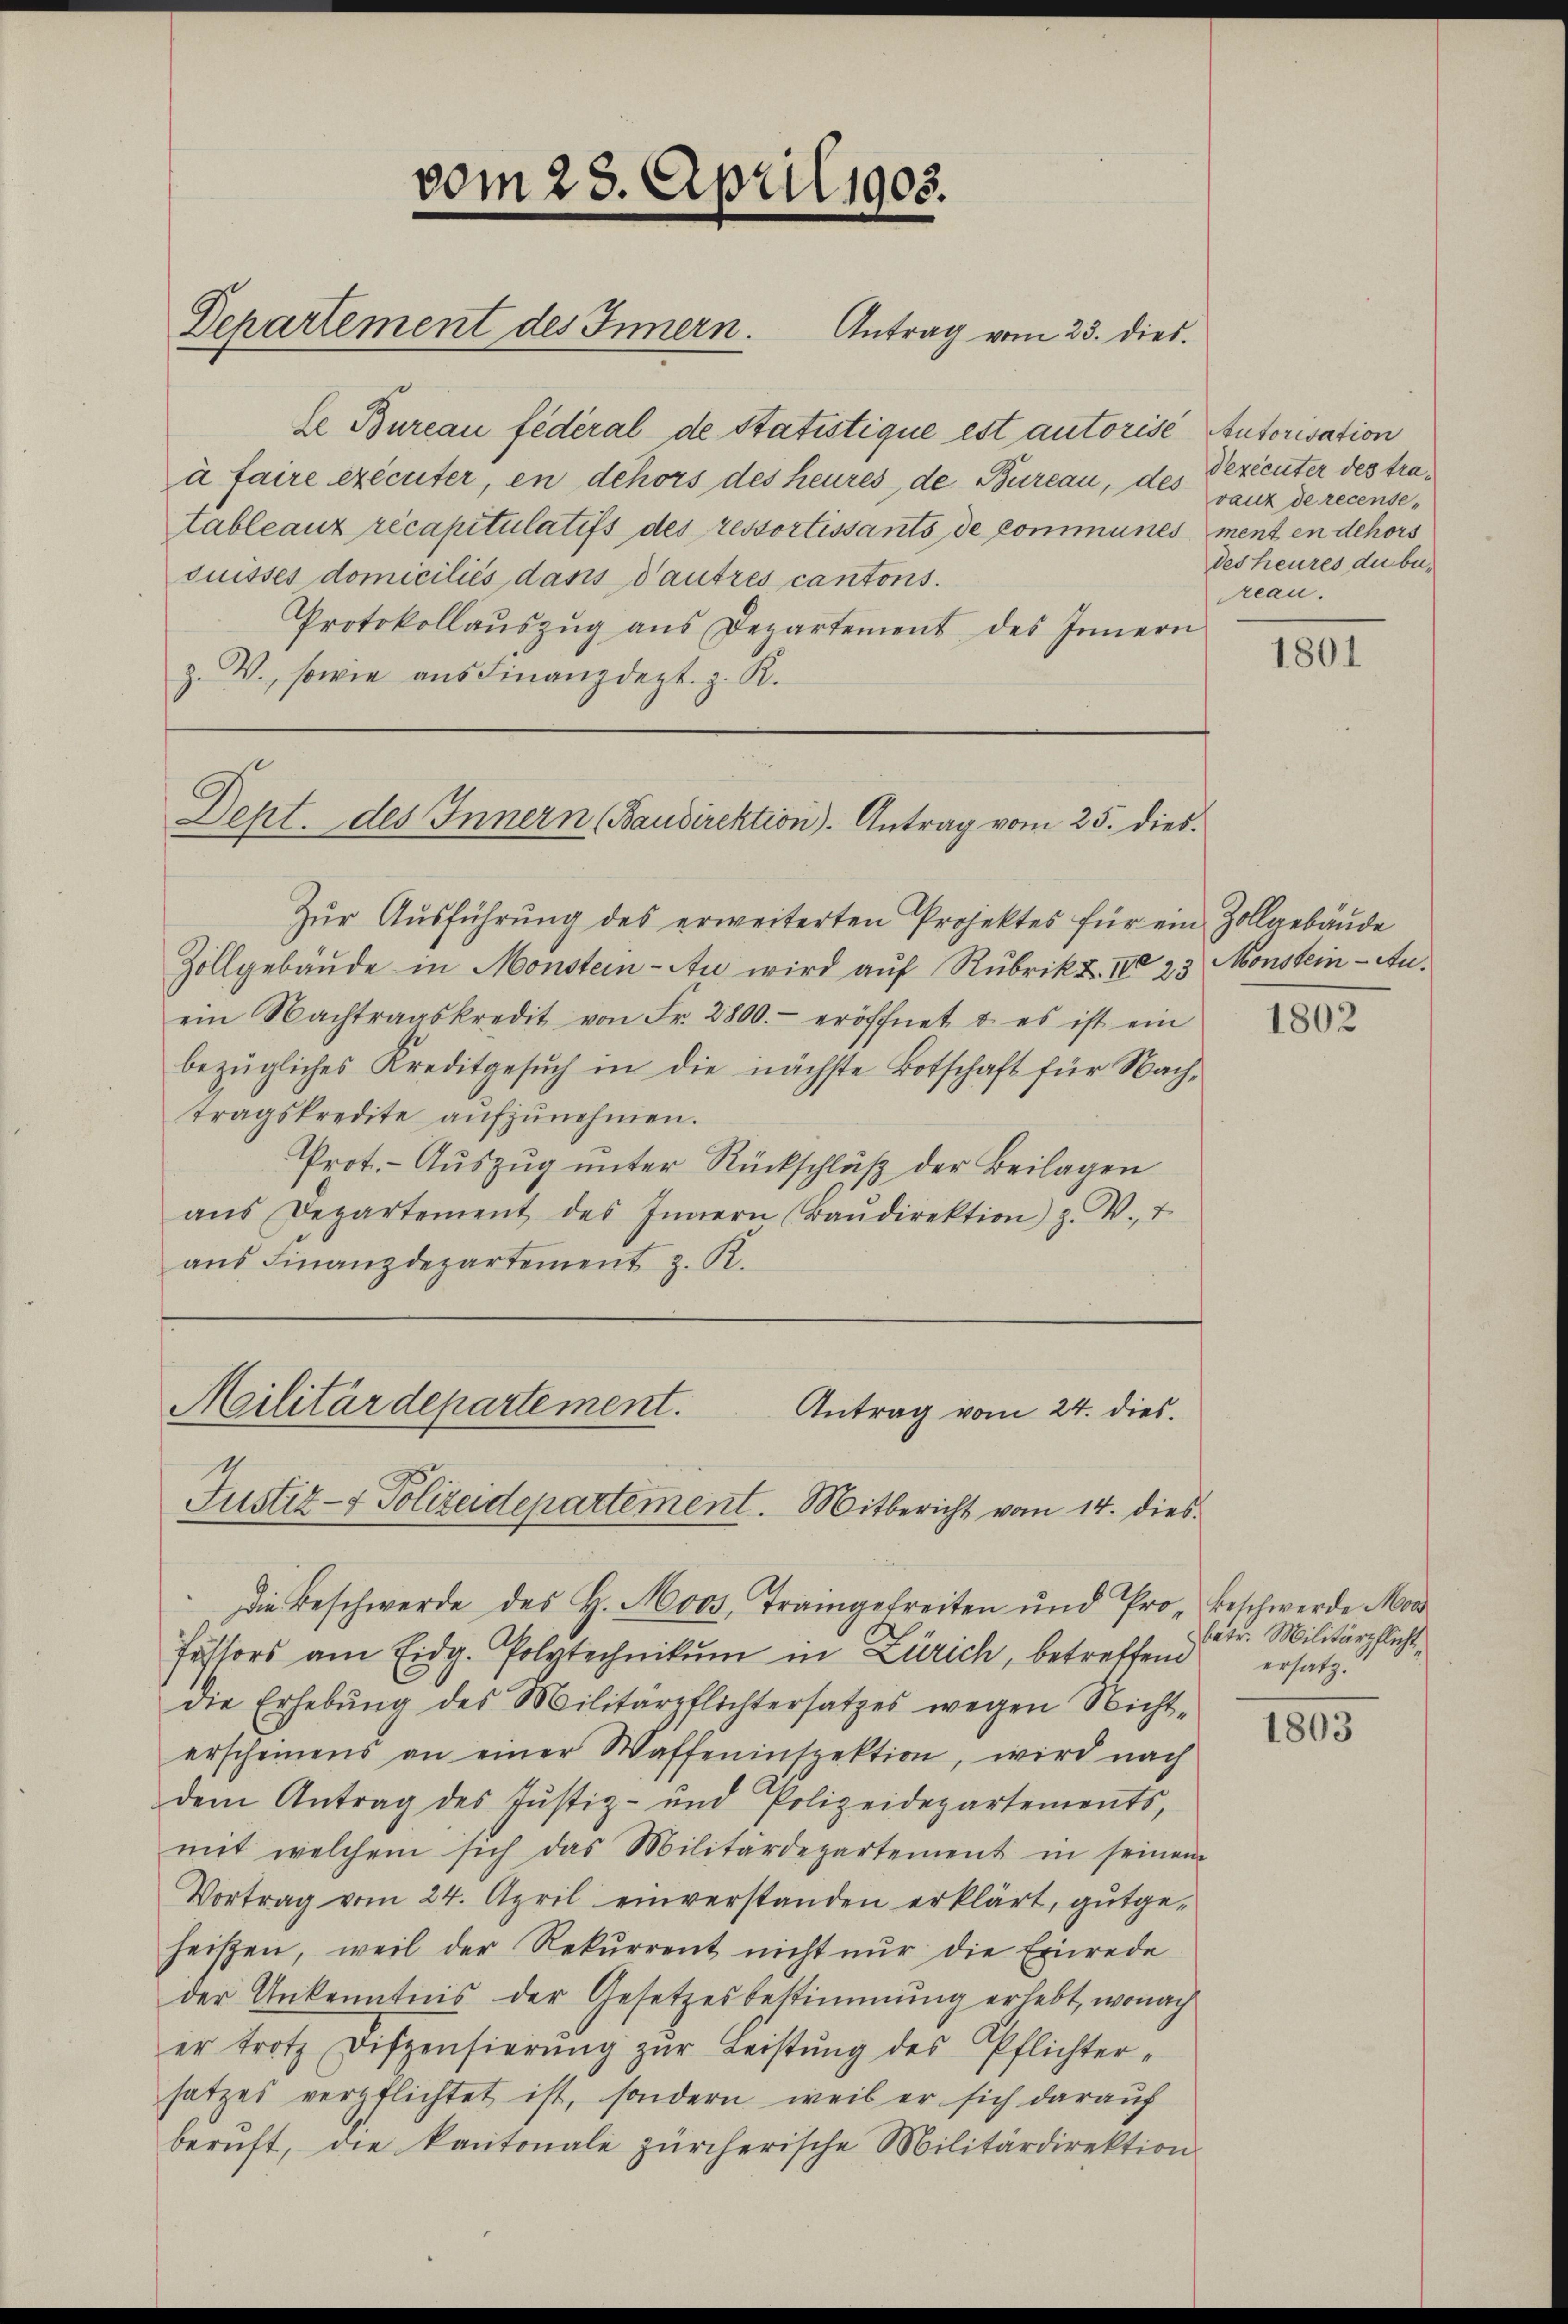
vom 23. April 1905.

te Bureau fédéral de Statistique est autorisé Autorisation
à faire exécuter, en dehors des heures, de Bureau, des
tableaux récapitulatifs des ressortissants de communes ment en dehors
duisses domiciliés dass autres cantons.
Protokollaŭszŭg ans Departement des Innern
z. V., sowie aus Finanzdept. z. R.

Departement des Innern. Antrag vom 23. dies

Deht. des Innern (Baudirektion). Antrag vom 25. dies

Zur Ausführung des erweiterten Projektes für ein Zollgebäude
Zollgebäude in Monstein-An wird auf Rubrik Z IV 23 Monstein Auein Nachtragskredit von Fr. 2800.- eröffnet u. es ist ein
bezügliches Kreditgesŭch in die nächste Botschaft für Nach-
tragskredite aufzunehmen.
Prot. - Auszug unter Rückschluß der Beilagen
ans Departement des Innern (Baŭdirektion) Z. V.,
aus Finanzdepartement z. R.

Militärdepartement.
Antrag vom 24. dies
Justiz- & Polizeidepartement. Mitbericht vom 14. dies

die Beschwerde des H. Moos, Tramgefreiten und Pro- Beschwerde Mor
fessors am Eidg. Polytechnikum in Zürich, betreffend
die Erhebŭng des Militärpflichtersatzes wegen Nicht-
erscheinens an einer Waffeninspektion, wird nach
dem Antrag des Justiz- und Polizeidepartements,
mit welchem sich das Militärdepartement in seinem
Vortrag vom 24. April einverstanden erklärt, gutge-
heißen, weil der Rekŭrrent nicht nur die Einrede
der Ankenntnis der Gesetzesbestimmung erlebt, wonach
er trotz Dispensierŭng zŭr Leistŭng des Pflichter-
satzes verpflichtet ist, sondern, weib er sich darauf
berŭft, die kantonale zürcherische Militärdirektion.

dexecuter des travauz de recensedes heures du bereau.

1801

1802

betr. Militärpflicht,
ersatz.

1803